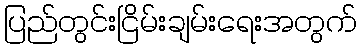
ပြည်တွင်းငြိမ်းချမ်းရေးအတွက်